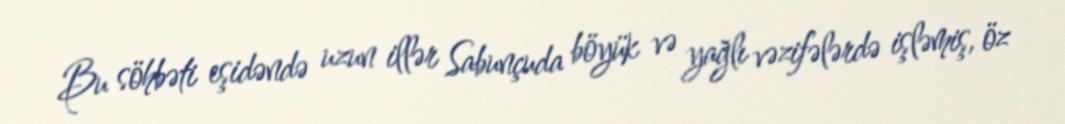
Bu söhbəti eşidəndə uzun illər Sabunçuda böyük və yağlı vəzifələrdə işləmiş, öz